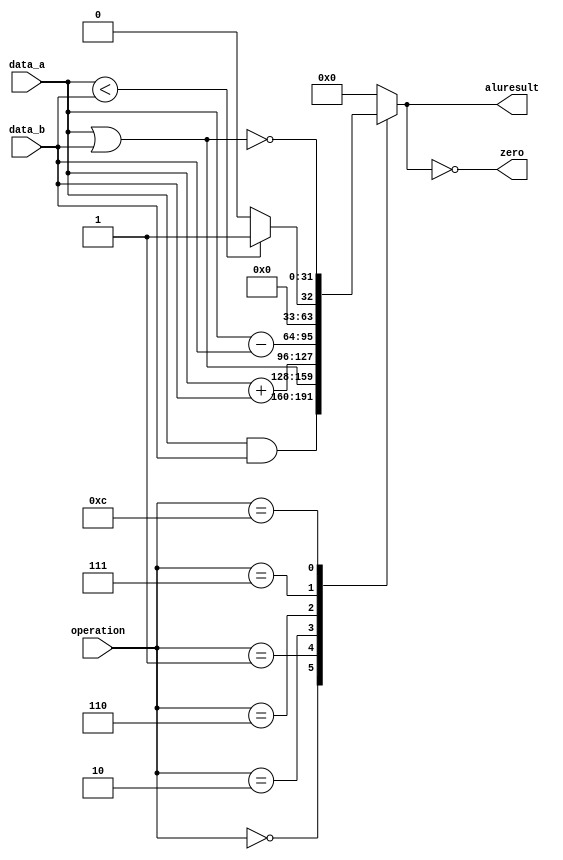
module alu( output reg signed [31:0] aluresult, 
			output zero,
            input[3:0] operation, 
			input signed [31:0] data_a, 
			input signed [31:0] data_b 
		);
// These codes and outputs are taken from figure 4.12 and the first graph in ch.4.4 P&H.
assign zero = (aluresult == '0);    

always @ (operation or data_a or data_b) 
begin
    case (operation)
		4'b0000: 
			begin // AND
				aluresult = data_a & data_b;
			end
		4'b0001: 
			begin // OR
				aluresult = data_a | data_b;
			end
		4'b0010: 
			begin // add
				aluresult = data_a + data_b;
			end
		4'b0110: 
			begin // subtract
				aluresult = data_a - data_b;
			end
		4'b0111:
			begin // slt
				aluresult =  data_a < data_b ? 1 : 0;
			end
		4'b1100: 
			begin // nor
				aluresult = ~( data_a  | data_b );
			end
		default: 
			begin
				aluresult = 0;
			end
	endcase
end

endmodule